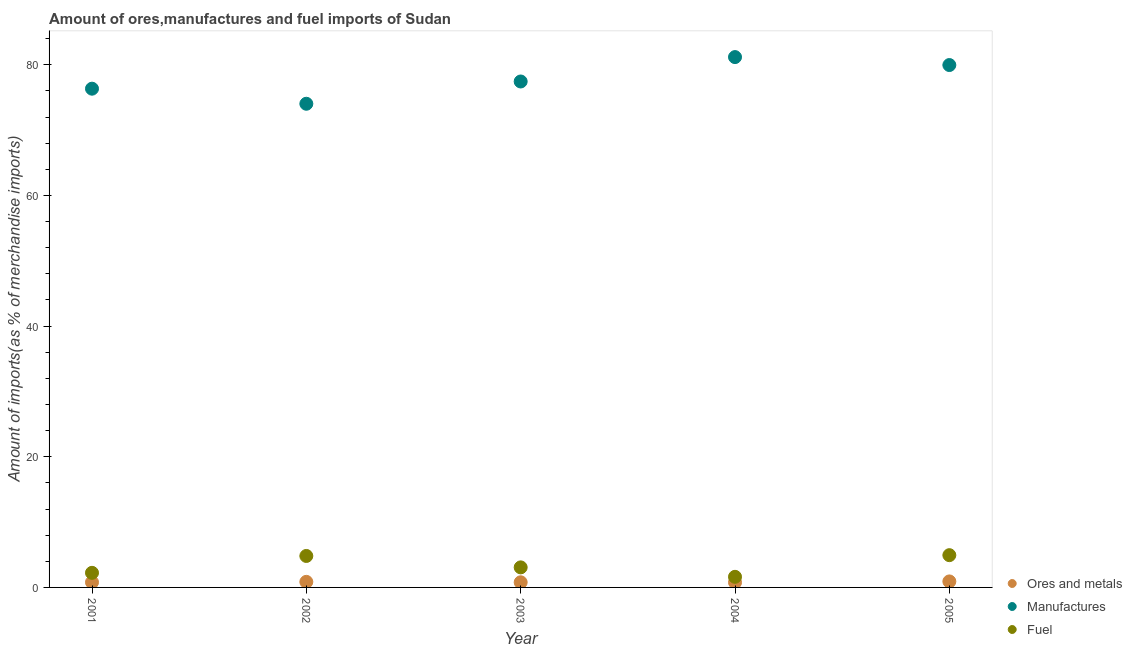
| Year | Ores and metals | Manufactures | Fuel |
 | --- | --- | --- | --- |
 | 2001 | 0.783 | 76.3 | 2.23 |
 | 2002 | 0.852 | 74 | 4.82 |
 | 2003 | 0.785 | 77.4 | 3.07 |
 | 2004 | 0.767 | 81.2 | 1.62 |
 | 2005 | 0.919 | 80 | 4.94 |